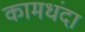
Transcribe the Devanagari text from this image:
कामधंदा